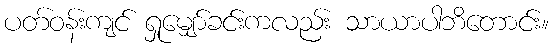
ပတ်ဝန်းကျင် ရှုမျှော်ခင်းကလည်း သာယာပါဘိတောင်း။